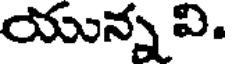
యున్న వి.